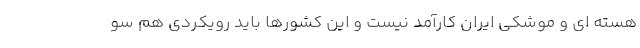
هسته ای و موشکی ایران کارآمد نیست و این کشورها باید رویکردی هم سو